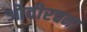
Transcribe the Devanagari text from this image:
ओवीरचना